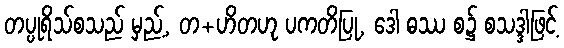
တပ္ပုရိသ်စသည် မှည့်, တ+ဟိတဟု ပကတိပြု, ဒေါ ဓဿ စ၌ စသဒ္ဒါဖြင့်